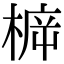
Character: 𣔳